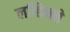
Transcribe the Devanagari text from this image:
लव्हिनने